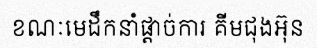
ខណៈមេដឹកនាំផ្តាច់ការ គីមជុងអ៊ុន